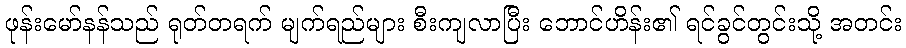
ဖုန်းမော်နန်သည် ရုတ်တရက် မျက်ရည်များ စီးကျလာပြီး ဘောင်ဟိန်း၏ ရင်ခွင်တွင်းသို့ အတင်း